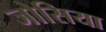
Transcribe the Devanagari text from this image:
जोसिया